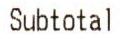
SUBTOTAL